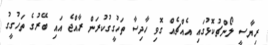
ރިޔާސީ ލޯންޗުކޮޅުގައި އެއްޗެއް ގޮވި ހާދިސާ ތަހުގީގުކުރަން ރާއްޖެ އައި ބޭރުގެ ތަހުގީގު